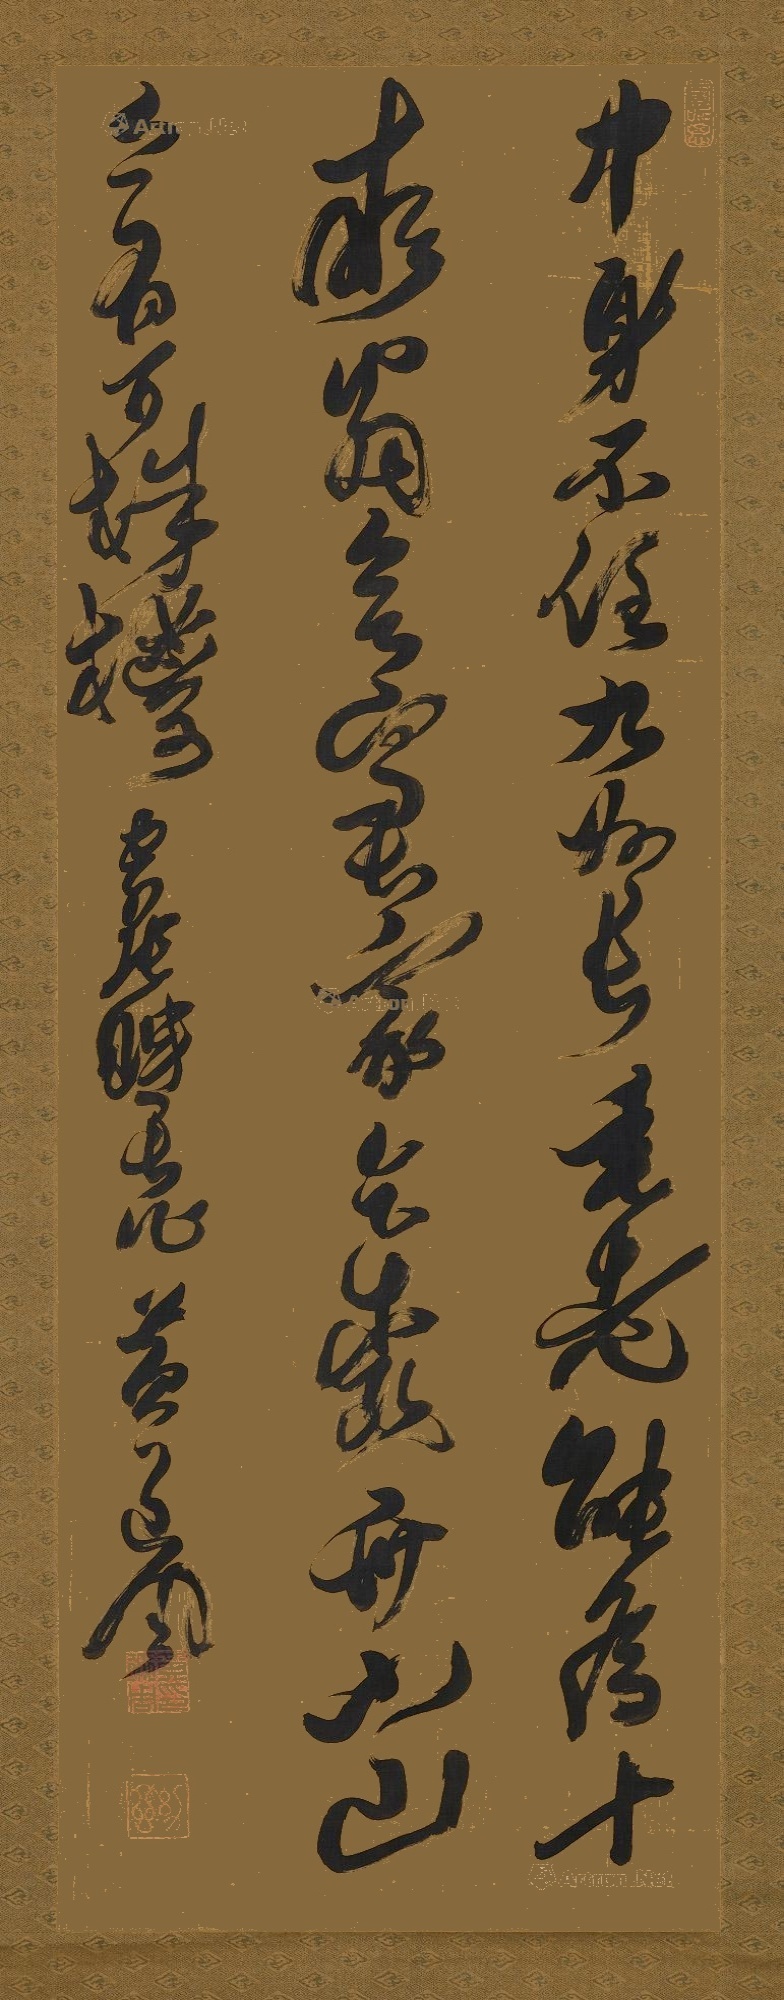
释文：中身不任九州长，垂老能为十亩翁。欲写君家乞桃舟，小山上有百株㮋。写张眠长作，黄道周。